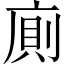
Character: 廁